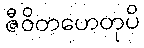
ဇီဝိတဟေတုပိ